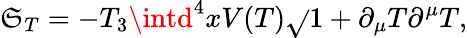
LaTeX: \mathfrak{S}_{T}=-T_{3}\intd^{4}xV(T)\sqrt{}{{1+\partial_{\mu}T\partial^{\mu}T}},